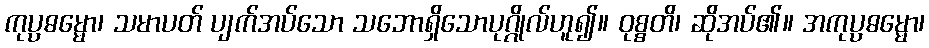
ကုပ္ပဓမ္မော၊ သမာပတ် ပျက်အပ်သော သဘောရှိသောပုဂ္ဂိုလ်ဟူ၍။ ဝုစ္စတိ၊ ဆိုအပ်၏။ အကုပ္ပဓမ္မော၊